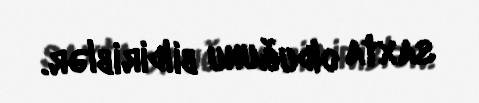
saxta olduğunu bildiriblər.